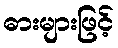
ဓားများဖြင့်